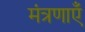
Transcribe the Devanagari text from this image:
मंत्रणाएँ